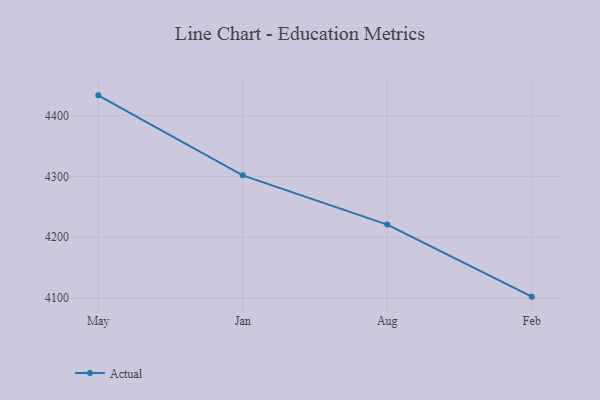
{"axis": {"x": "Month", "y": "Satisfaction Score"}, "legend": ["Actual"], "data": [{"x": "May", "y": 4433.2, "type": "Actual"}, {"x": "Jan", "y": 4301.7, "type": "Actual"}, {"x": "Aug", "y": 4220.8, "type": "Actual"}, {"x": "Feb", "y": 4102.4, "type": "Actual"}]}